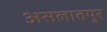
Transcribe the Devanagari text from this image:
असलातपुर